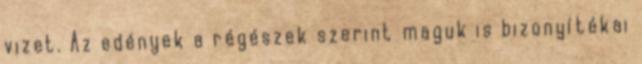
vizet. Az edények a régészek szerint maguk is bizonyítékai